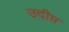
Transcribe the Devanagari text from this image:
उदीप्त